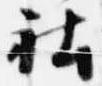
社